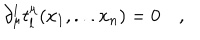
LaTeX: \partial _ { \mu } ^ { l } t _ { l } ^ { \mu } ( x _ { 1 } , . . . x _ { n } ) = 0 \quad , { }